Document type: Emphyteutic lease
Year: 1316
Scribe: Berenguer de Vallseca
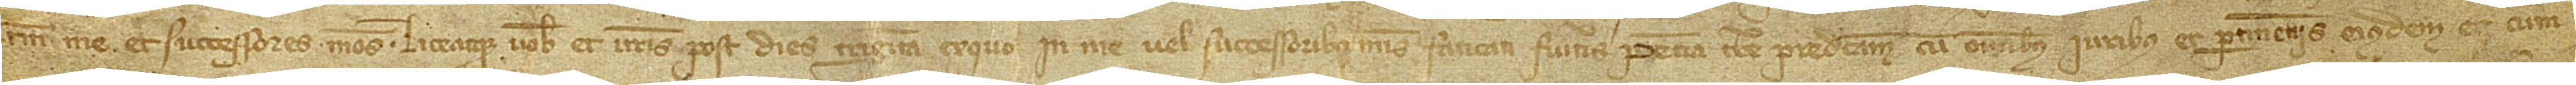
tamen me et successores meos. Liceatque vobis et vestris post dies triginta ex quo in me vel successoribus meis faticati fueritis peciam terre predictam, cum omnibus iuribus et pertinenciis eiusdem et cum